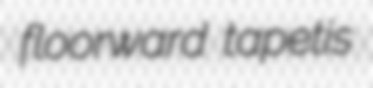
floorward tapetis